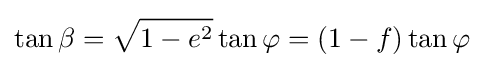
\tan \beta ={\sqrt {1-e^{2}}}\tan \varphi =(1-f)\tan \varphi